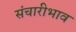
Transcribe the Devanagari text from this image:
संचारीभाव